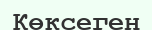
Көксеген